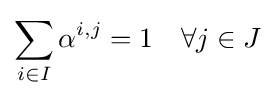
\sum _{i\in I}\alpha ^{i,j}=1\quad \forall j\in J